Leaving Certificate Examination, 1913
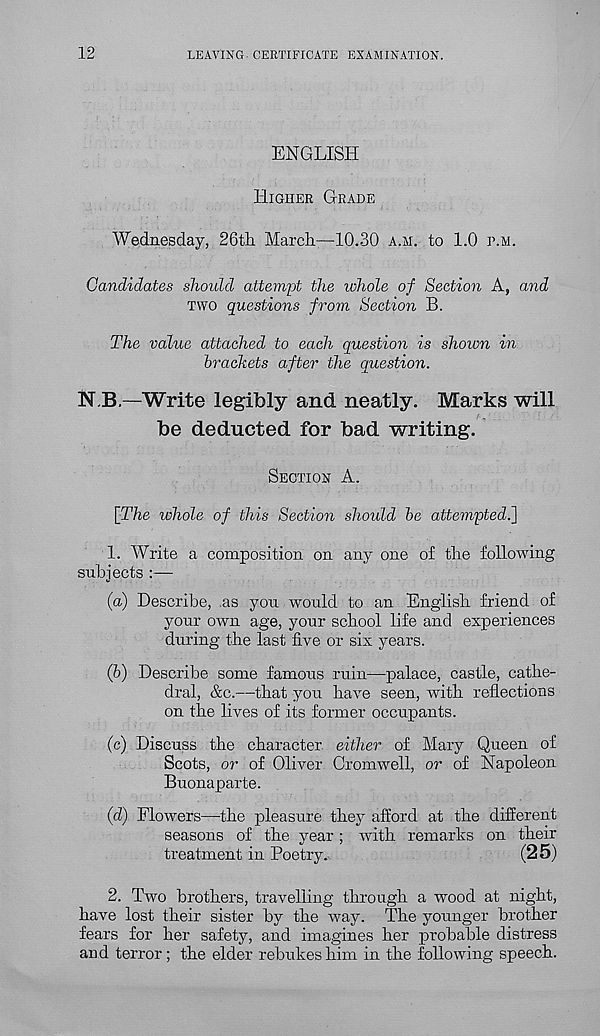
12
LEAVING. CERTIFICATE EXAMINATION.
ENGLISH
HIGHER GRADE
Wednesday, 26th. March—10.30 A.H. to 1.0 P.M.
Candidates should attempt the whole of Section A, and
TWO questions from Section B.
The value attached to each question is shown in
brackets after the question.
N.B.—Write legibly and neatly. Marks will
be deducted for bad writing.
SECTION A.
\The whole of this Section should be attempted^]
1. Write a composition on any one of the following
subjects :—
(a) Describe, .as you would to an English friend of
your own age, your school life and experiences
during the last five or six years.
(&) Describe some famous ruin—palace, castle, cathe-
dral, &c.—that you have seen, with reflections
on the lives of its former occupants.
(c) Discuss the character, either of Mary Queen of
Scots, or of Oliver Cromwell, or of Napoleon
Buonaparte.
(d) Flowers—the pleasure they afford at the different
seasons of the year ; with remarks on their
treatment in Poetry.
(25)
2. Two brothers, travelling through a wood at night,
have lost their sister by the way. The younger brother
fears for her safety, and imagines her probable distress
and terror; the elder rebukes him in the following speech.